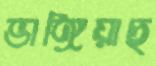
ভাঙ্গিয়াছ